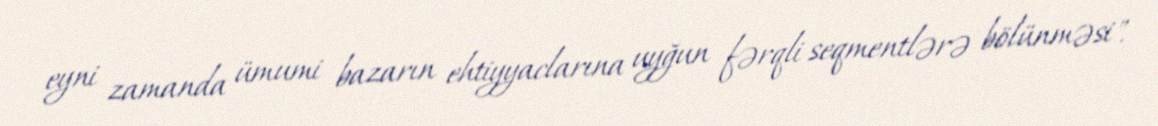
eyni zamanda ümumi bazarın ehtiyyaclarına uyğun fərqli seqmentlərə bölünməsi".